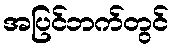
အပြင်ဘက်တွင်